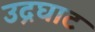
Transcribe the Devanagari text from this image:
उद्रघाट